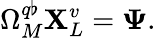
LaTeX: \Omega_{M}^{q\flat}\mathbf{X}_{L}^{v}=\mathbf{\Psi}.